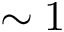
\sim 1